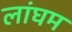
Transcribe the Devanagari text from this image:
लांघम